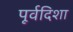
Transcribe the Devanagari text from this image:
पूर्वदिशा